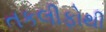
તકલીફોથી